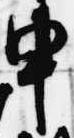
申